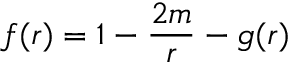
f ( r ) = 1 - \frac { 2 m } { r } - g ( r )